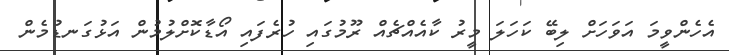
އެހެންވީމަ އަވަހަށް ލިބޭ ކަހަލަ މީރު ކާއެއްޗެއް ރޫމުގައި ހުރެފައި އޯޑާކޮށްލުމުން އަޅުގަނޑުމެން